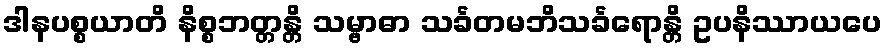
ဒါနပစ္စယာတိ နိစ္စဘတ္တန္တိ သမ္ဗာဓာ သင်္ခတမဘိသင်္ခရောန္တိ ဥပနိဿာယပေ